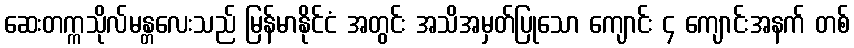
ဆေးတက္ကသိုလ်မန္တလေးသည် မြန်မာနိုင်ငံ အတွင်း အသိအမှတ်ပြုသော ကျောင်း ၄ ကျောင်းအနက် တစ်